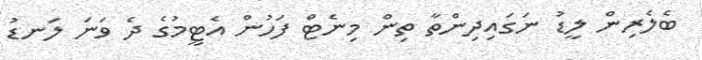
ބެލެރިން ލީޑު ނަގައިދިންތާ ތިން މިނެޓް ފަހުން އެޓީމުގެ ދެ ވަނަ ލަނޑު